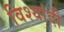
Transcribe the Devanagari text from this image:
विश्यांदी